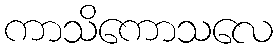
ကာသိကောသလေ